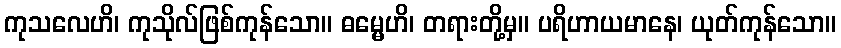
ကုသလေဟိ၊ ကုသိုလ်ဖြစ်ကုန်သော။ ဓမ္မေဟိ၊ တရားတို့မှ။ ပရိဟာယမာနေ၊ ယုတ်ကုန်သော။